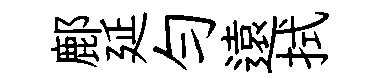
鄜延勻遠拭